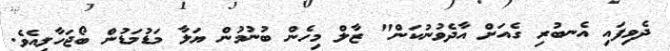
ދެވިފައި އެނބުރި ގެއަށް އާދެވުނުކަން" ޒާލް މިހެން ބުނުމުން ޔަލާ މަޑުމަޑުން ބޯޖަހާލިއެވެ.